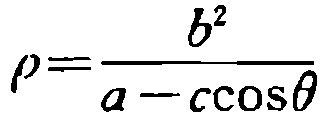
\(\rho=\frac{b^{2}}{a - c\cos\theta}\)